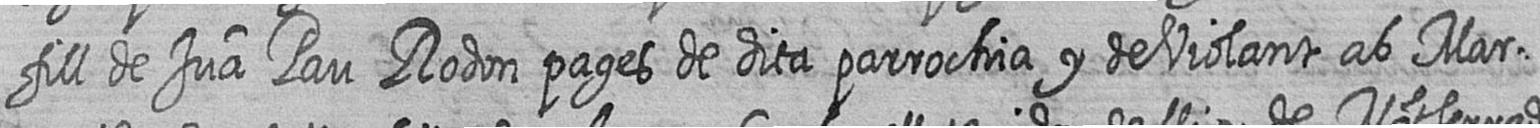
fill de Jua Pau Rodon pages de dita parrochia y de Violant ab Mar=